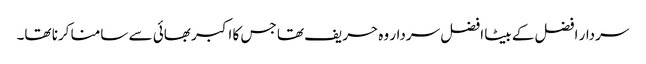
سردار افضل کے بیٹا افضل سردار وہ حریف تھا جس کا اکبر بھائی سے سامنا کرنا تھا۔